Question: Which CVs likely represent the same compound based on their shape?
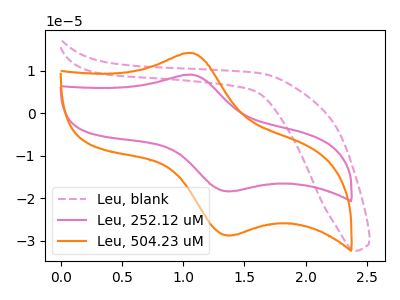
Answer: <think>The pink dashed curve "Leu, blank" has no peaks. The pink curve "Leu, 252.12 uM" has an anodic peak at (1.05V, 9.05uA) and a cathodic peak at (1.40V, -18.40uA). The orange curve "Leu, 504.23 uM" has an anodic peak at (1.05V, 14.15uA) and a cathodic peak at (1.40V, -28.75uA).
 "Leu, blank" and "Leu, 252.12 uM" have a different number of peaks. "Leu, blank" and "Leu, 504.23 uM" have a different number of peaks. All the peaks in "Leu, 252.12 uM" have a peak in "Leu, 504.23 uM" at the same potential. Every peak in "Leu, 252.12 uM" is lower than every peak in "Leu, 504.23 uM".</think>
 <answer>"Leu, 504.23 uM" and "Leu, 252.12 uM" have the same shape and are likely CV's of the same chemical.</answer>
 <eval>"Leu, 504.23 uM" "Leu, 252.12 uM"</eval>